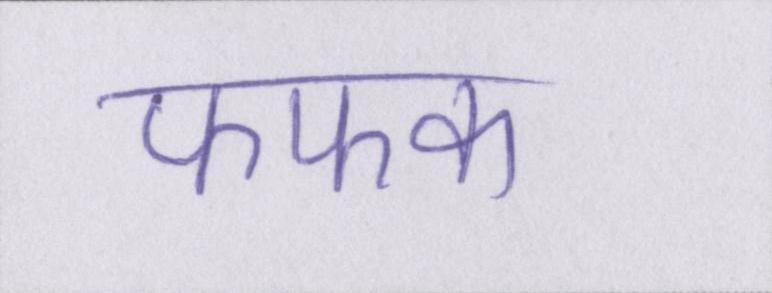
फफक